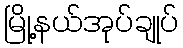
မြို့နယ်အုပ်ချုပ်